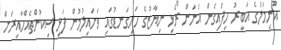
އުނިމަލުގެ އަބީރު ހިފައިގެން އަނަން ރޯޅި ނިޔާޒުގެ ހަށިގަނޑުގައި ވަށައިލުމުން ފަޅި ސިކުންތެއްހާއިރަށް